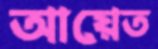
আয়েত